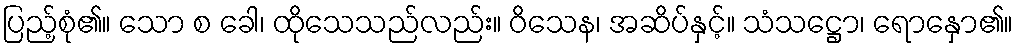
ပြည့်စုံ၏။ သော စ ခေါ၊ ထိုသေသည်လည်း။ ဝိသေန၊ အဆိပ်နှင့်။ သံသဋ္ဌော၊ ရောနှော၏။